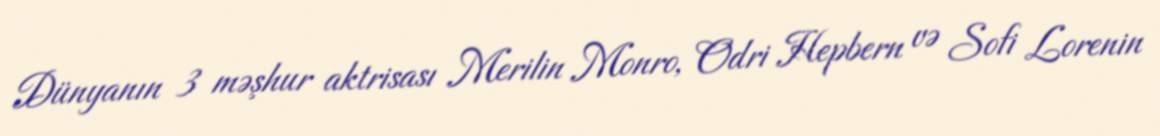
Dünyanın 3 məşhur aktrisası Merilin Monro, Odri Hepbern və Sofi Lorenin